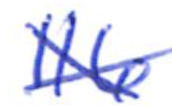
Text: 116
Cross-out: cross
Writing tool: ballpoint